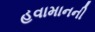
હવામાનની